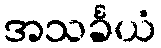
အသင်္ခယံ